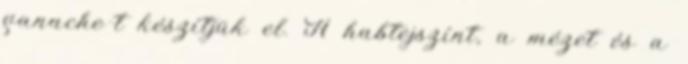
ganache-t készítjük el. A habtejszínt, a mézet és a